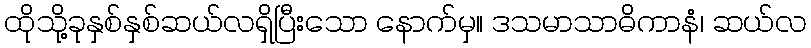
ထိုသို့ခုနှစ်နှစ်ဆယ်လရှိပြီးသော နောက်မှ။ ဒသမာသာဓိကာနံ၊ ဆယ်လ